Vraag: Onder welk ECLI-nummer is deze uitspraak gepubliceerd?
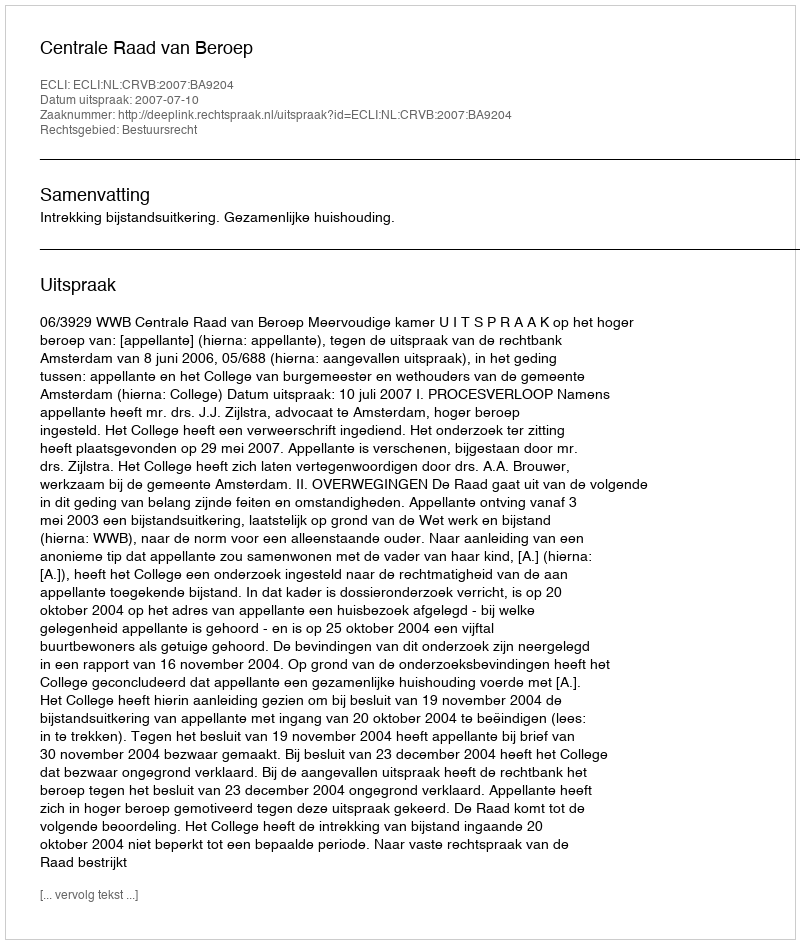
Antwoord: ECLI:NL:CRVB:2007:BA9204